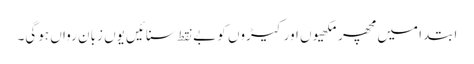
ابتدا میں مچھر مکھیوں اور کیڑوں کو بے نقط سنائیں یوں زبان رواں ہوگی۔